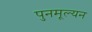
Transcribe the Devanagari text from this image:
पुनमूल्यन